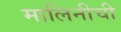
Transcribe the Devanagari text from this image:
मालिनीची